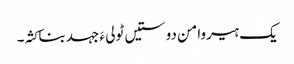
یک ہیروامن دوستیں ٹولی ءَ جہد بناکثہ۔